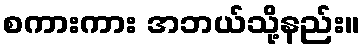
စကားကား အဘယ်သို့နည်း။